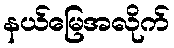
နယ်မြေအလိုက်